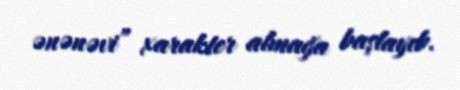
ənənəvi” xarakter almağa başlayıb.